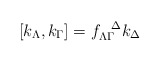
\begin{align*}[k_\Lambda, k_\Gamma]= f_{\Lambda \Gamma}^{\ \ \Delta} k_\Delta\end{align*}